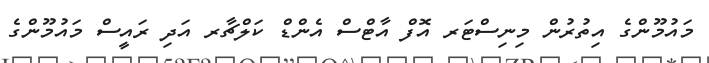
މައުމޫންގެ އިތުރުން މިނިސްޓަރ އޮފް އާޓްސް އެންޑް ކަލްޗާރ އަދި ރައީސް މައުމޫންގެ